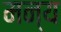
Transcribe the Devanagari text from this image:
मन्य